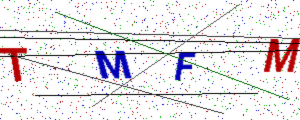
Text: TMFM